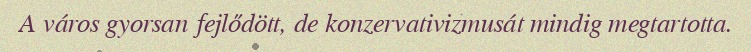
A város gyorsan fejlődött, de konzervativizmusát mindig megtartotta.